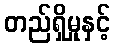
တည်ရှိမှုနှင့်